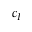
c _ { I }